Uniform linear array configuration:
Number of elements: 4
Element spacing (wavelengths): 0.5
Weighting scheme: exponential
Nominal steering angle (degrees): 30
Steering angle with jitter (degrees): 29.574
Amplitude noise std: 0.05
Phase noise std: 0.05

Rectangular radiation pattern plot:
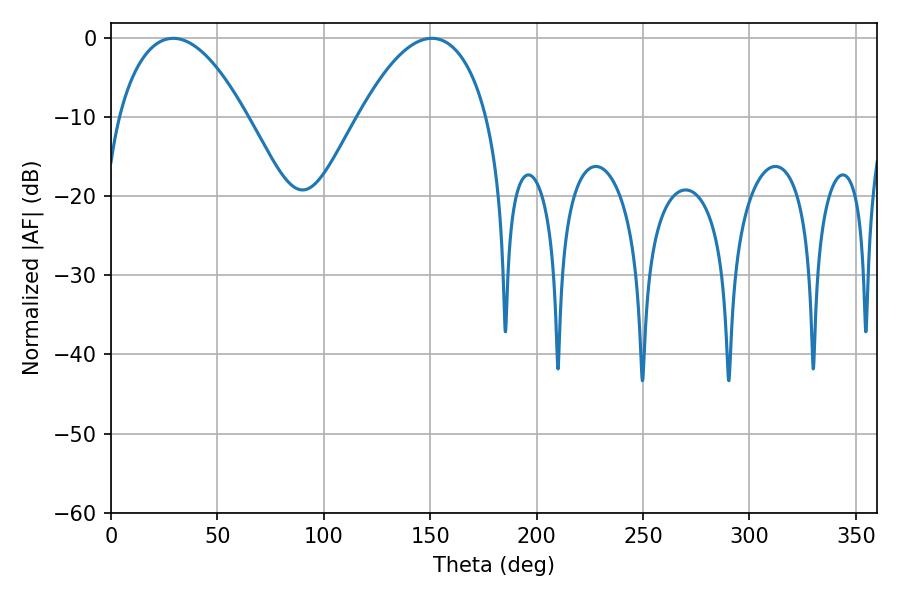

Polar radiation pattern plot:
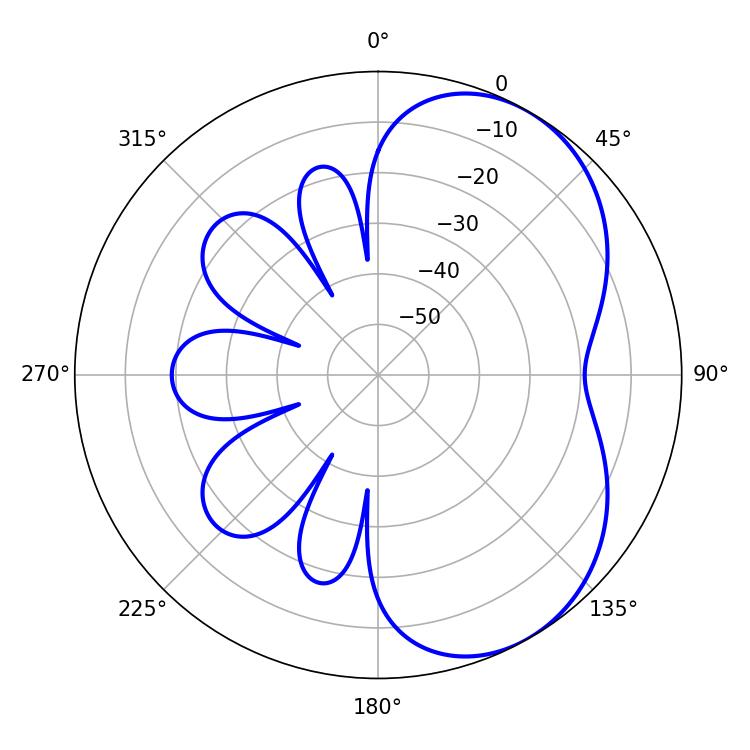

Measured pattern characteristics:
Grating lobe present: FALSE
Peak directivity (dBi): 5.0
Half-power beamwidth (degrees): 33.48
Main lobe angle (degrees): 29.16